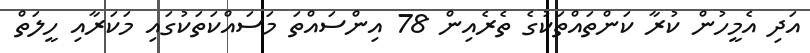
އަދި އެމީހުން ކުރާ ކަންތައްތަކުގެ ތެރެއިން 78 އިންސައްތަ މަސައްކަތަކުގައި މަކަރާއި ހީލަތް